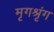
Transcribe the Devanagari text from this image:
मृगश्रृंग